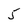
Character: 5